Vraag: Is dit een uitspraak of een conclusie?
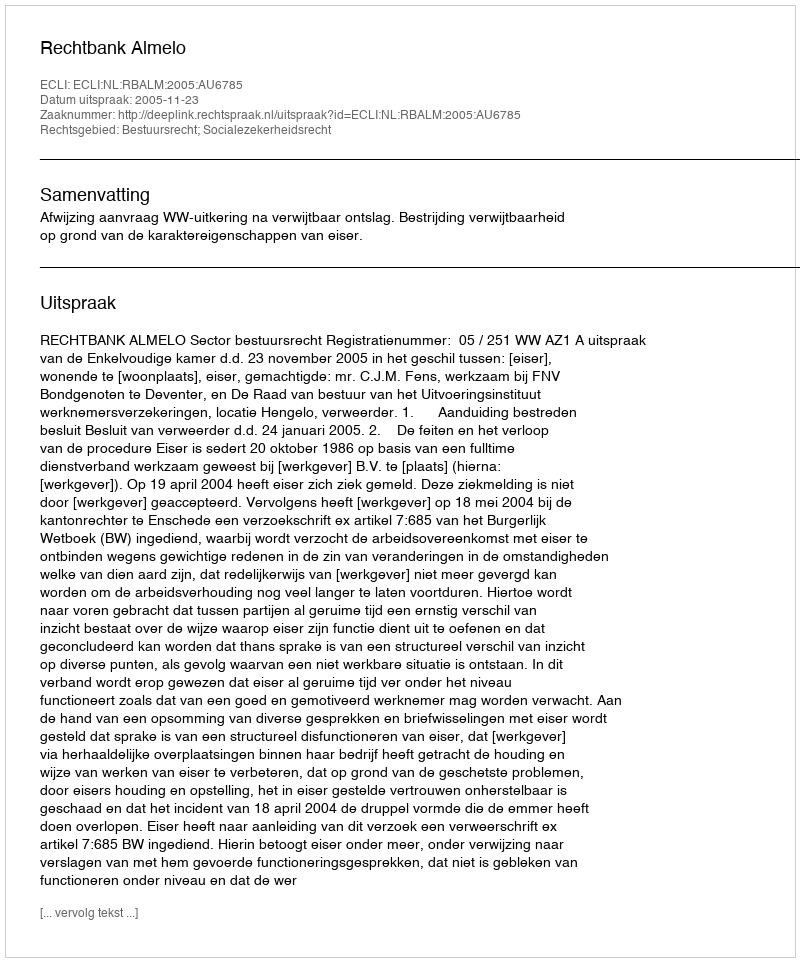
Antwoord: Uitspraak